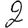
Digit: 2